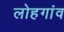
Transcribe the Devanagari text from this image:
लोहगांव